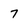
Character: 7